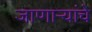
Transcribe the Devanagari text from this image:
जाणाऱ्यांचे